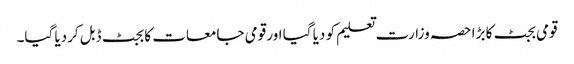
قومی بجٹ کا بڑا حصہ وزارت تعلیم کو دیا گیا اور قومی جامعات کا بجٹ ڈبل کردیا گیا۔